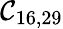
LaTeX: \mathcal{C}_{16,29}